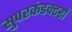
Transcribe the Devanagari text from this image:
सुपरकंडक्टरों